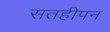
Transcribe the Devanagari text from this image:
सतहीपन